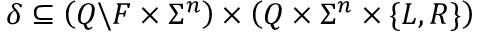
\delta \subseteq \left( Q \backslash F \times \Sigma ^ { n } \right) \times \left( Q \times \Sigma ^ { n } \times \{ L , R \} \right)